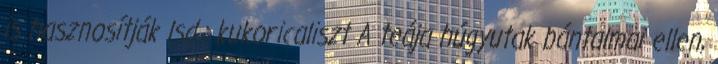
is hasznosítják lsd.: kukoricaliszt A teája húgyutak bántalmai ellen,